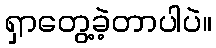
ရှာတွေ့ခဲ့တာပါပဲ။